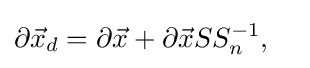
\partial {\vec {x}}_{d}=\partial {\vec {x}}+\partial {\vec {x}}SS_{n}^{-1},\quad